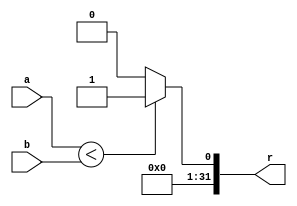
`timescale 1ns / 1ns
module SLT(
    input signed [31:0] a,
    input signed [31:0] b,
    output signed [31:0] r
    );
    assign r=(a<b)? 1:0;
endmodule